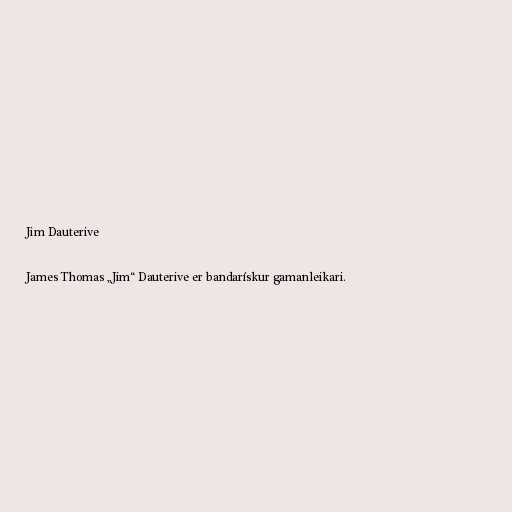
Jim Dauterive

James Thomas „Jim“ Dauterive er bandarískur gamanleikari.